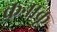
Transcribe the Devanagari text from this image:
कनाकू